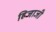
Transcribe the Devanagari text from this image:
हिजाजी